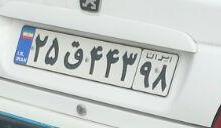
۲۵ق۴۴۳۹۸